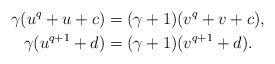
LaTeX: \begin{align*} \gamma (u^q + u + c) &= (\gamma+1) (v^q + v + c),\\ \gamma (u^{q+1} + d) &= (\gamma+1) (v^{q+1} + d).\end{align*}